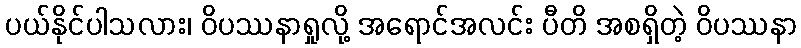
ပယ်နိုင်ပါသလား၊ ဝိပဿနာရှုလို့ အရောင်အလင်း ပီတိ အစရှိတဲ့ ဝိပဿနာ